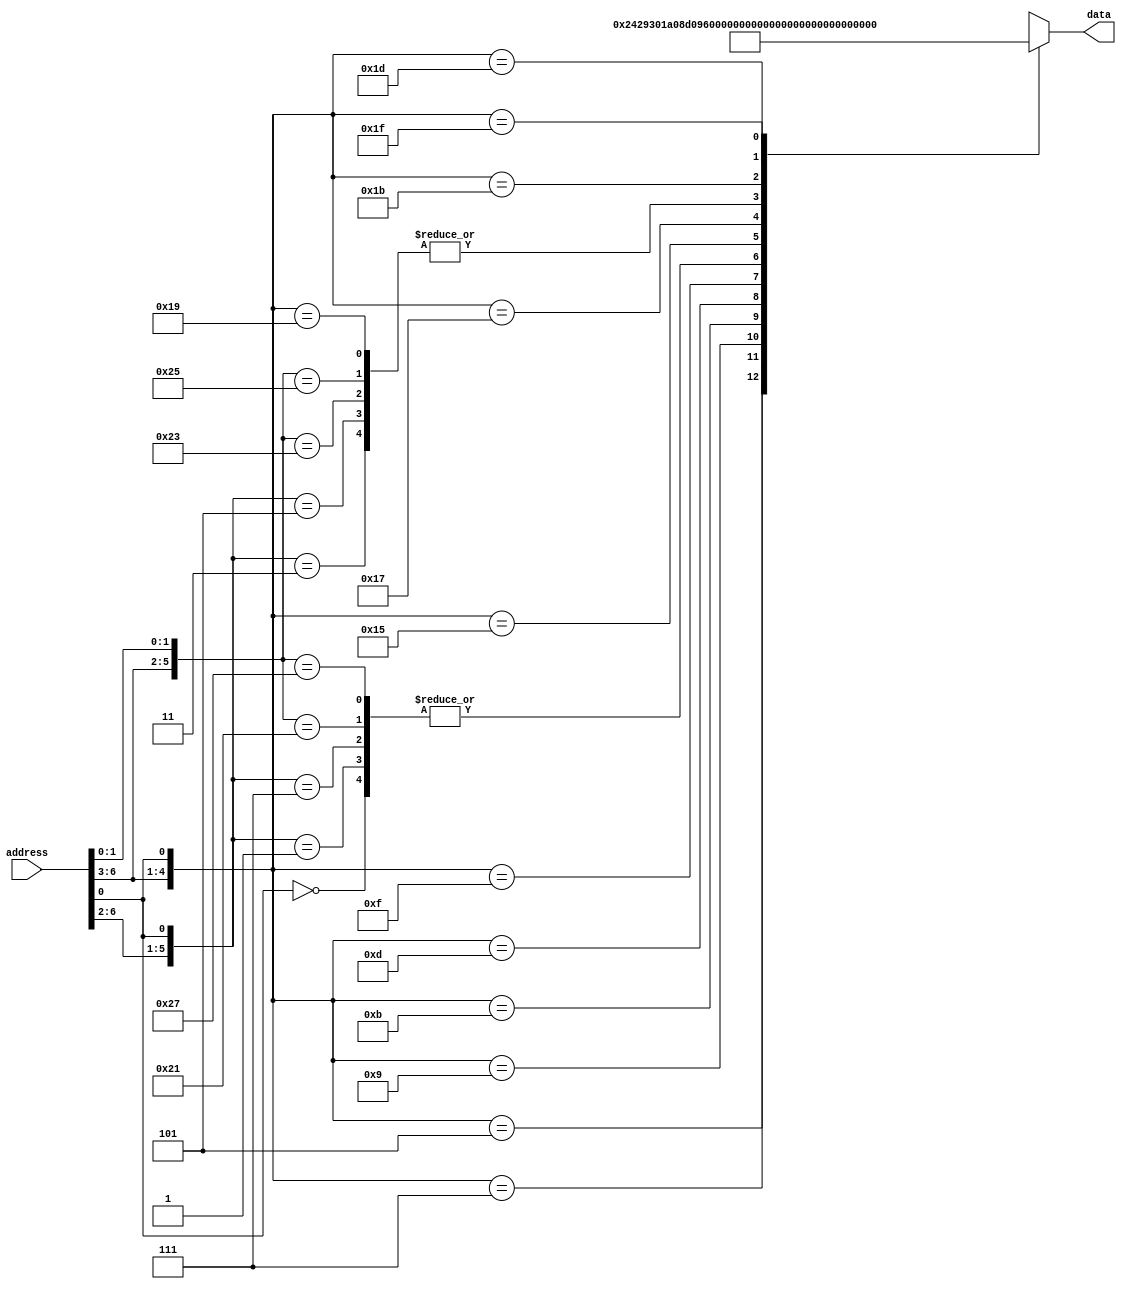
module caseRom (input wire [6:0] address,
               output reg [12:0] data);

  always @ ( address ) begin
    casex (address)
    7'bxxxxxx0: data <= 13'b1000000001000;
    7'b00001x1: data <= 13'b0100000001000;
    7'b00000x1: data <= 13'b1000000001000;
    7'b00011x1: data <= 13'b1000000001000;
    7'b00010x1: data <= 13'b0100000001000;
    7'b0010xx1: data <= 13'b0001001000010;
    7'b0011xx1: data <= 13'b1001001100000;
    7'b0100xx1: data <= 13'b0011010000010;
    7'b0101xx1: data <= 13'b0011010000100;
    7'b0110xx1: data <= 13'b1011010100000;
    7'b0111xx1: data <= 13'b1000000111000;
    7'b1000x11: data <= 13'b0100000001000;
    7'b1000x01: data <= 13'b1000000001000;
    7'b1001x11: data <= 13'b1000000001000;
    7'b1001x01: data <= 13'b0100000001000;
    7'b1010xx1: data <= 13'b0011011000010;
    7'b1011xx1: data <= 13'b1011011100000;
    7'b1100xx1: data <= 13'b0100000001000;
    7'b1101xx1: data <= 13'b0000000001001;
    7'b1110xx1: data <= 13'b0011100000010;
    7'b1111xx1: data <= 13'b1011100100000;
    endcase
  end
endmodule